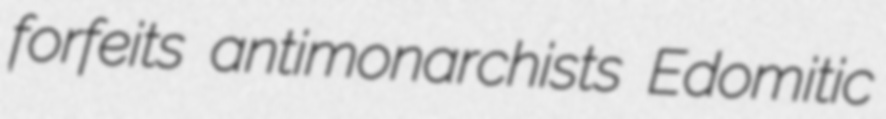
forfeits antimonarchists Edomitic